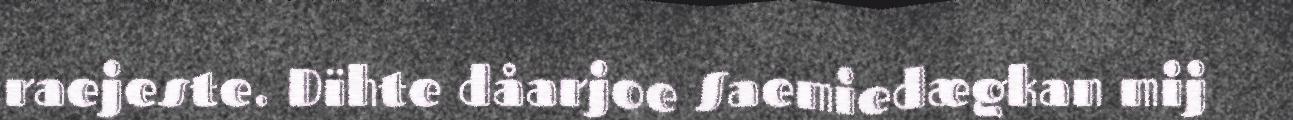
raejeste. Dïhte dåarjoe Saemiedægkan mij